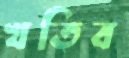
খতিব